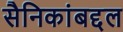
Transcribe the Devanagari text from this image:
सैनिकांबद्दल